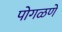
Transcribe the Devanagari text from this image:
पोगळणें